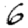
Digit: 6